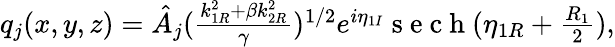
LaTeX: \begin{array}{r}{q_{j}(x,y,z)=\hat{A}_{j}(\frac{k_{1R}^{2}+\beta k_{2R}^{2}}{\gamma})^{1/2}e^{i\eta_{1I}}\mathrm{~s~e~c~h~}(\eta_{1R}+\frac{R_{1}}{2}),}\end{array}